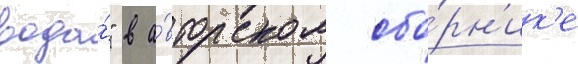
вода́" в а́вторском сбо́рн'ик'е